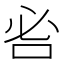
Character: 𠰣